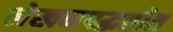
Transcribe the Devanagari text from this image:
लेखनपद्धतीत